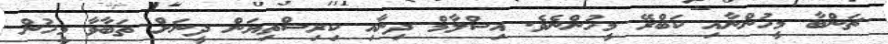
ޗަންބާ މީހުންނާއި ކަބްރޭ މީހުންނެވެ. އިސްލާމް ދިނާއި ކިރިސްތިޔަން ދީނަށް ތަބާވާ މީހުން